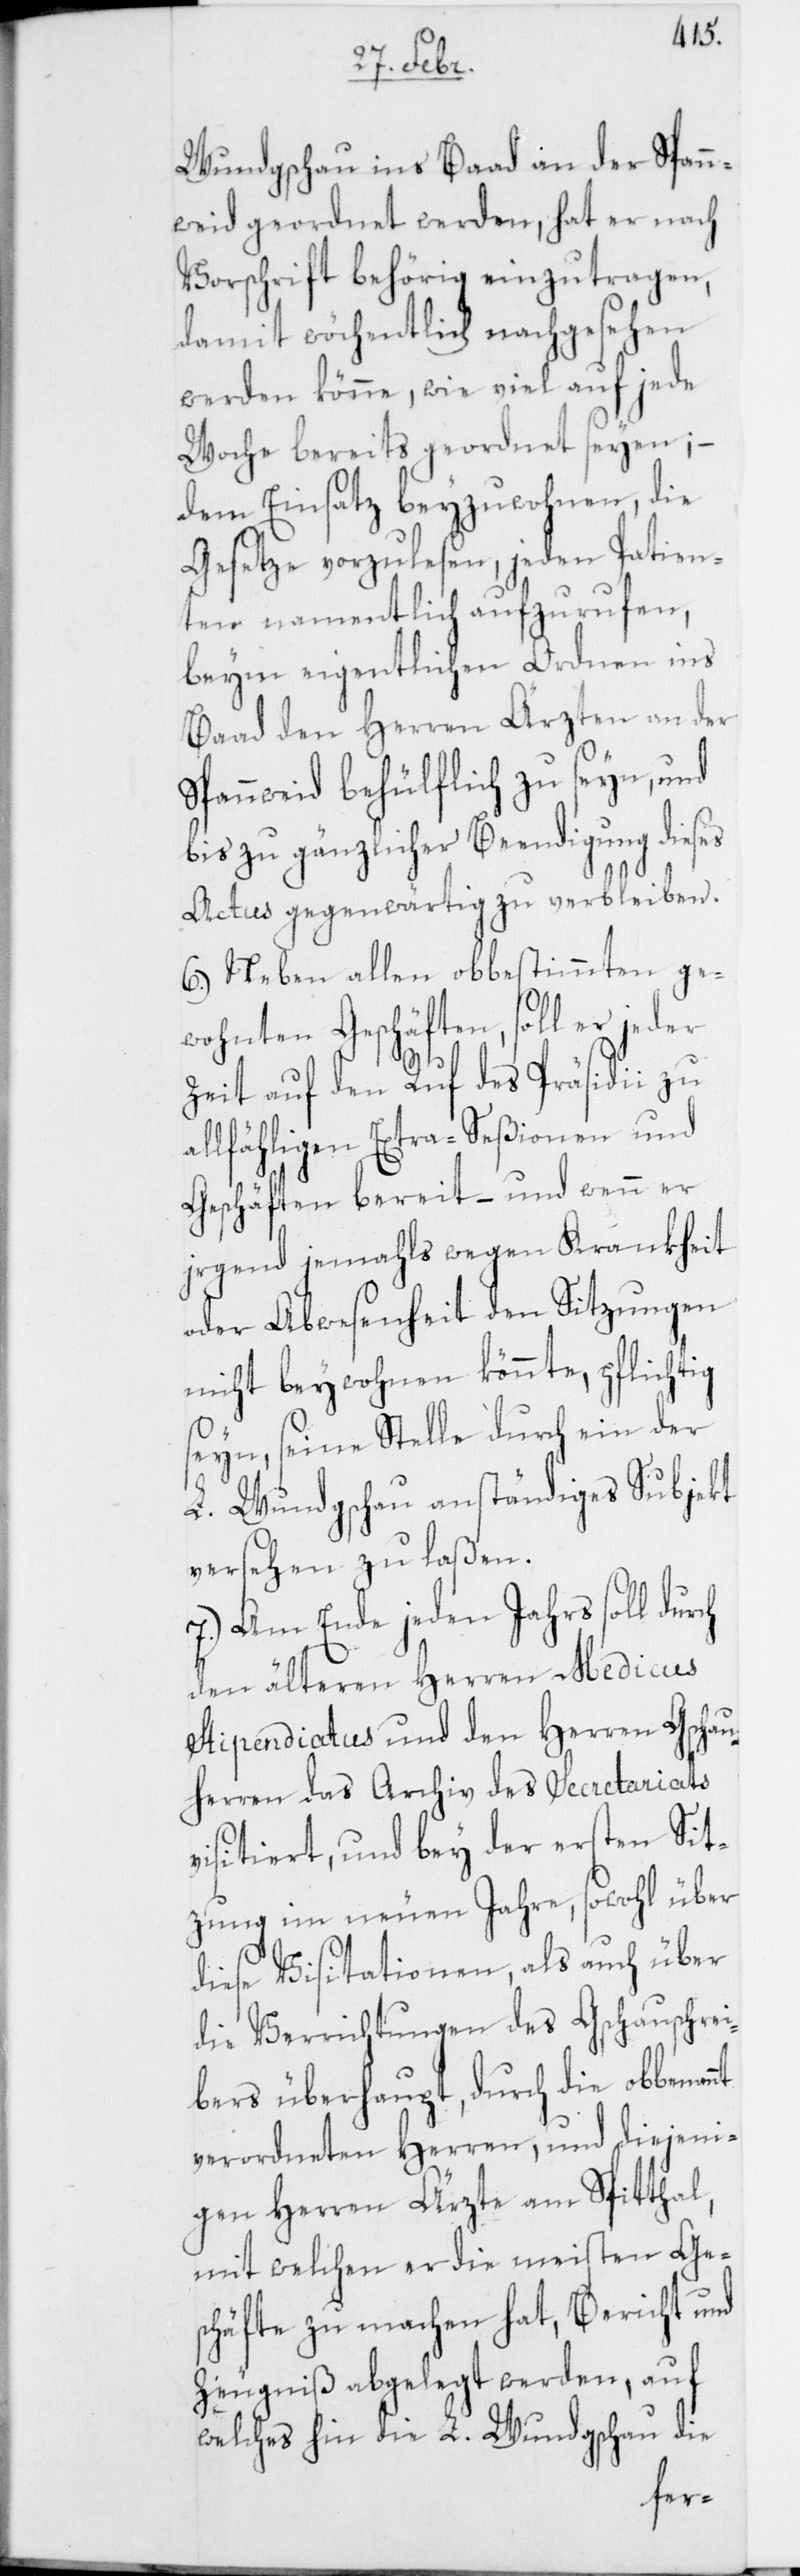
nt
Wundgschau ins Baad an der Spann¬
weid geordnet werden, hat er nach
Vorschrift behörig einzutragen,
damit wöchentlich nachgesehen
werden könne, wie viel auf jede
Woche bereits geordnet seyen;
dem Einsatz beyzuwohnen, die
Gesetze vorzulesen, jeden Patien¬
ten namentlich aufzurufen,
beym eigentlichen Ordnen ins
Baad den Herren Ärzten an der
Spannweid behülflich zu seyn, und
bis zu gänzlicher Beendigung dieses
Actus gegenwärtig zu verbleiben.
6.) Neben allen obbestimmten ge¬
wohnten Geschäften, soll er jeder
Zeit auf den Ruf des Präsidii zu
allfähligen Extra-Seßionen und
Geschäften bereit – und wenn er
irgend jemahls wegen Krankheit
oder Abwesenheit den Sitzungen
nicht beywohnen könnte, pflichtig
seyn, seine Stelle durch ein der
L. Wundgschau anständiges Subjekt
versehen zu laßen.
7.) Am Ende jeden Jahrs soll durch
den älteren Herren Medicus
Stipendiatus und den Herren Gschau¬
herren das Archiv des Secretariats
visitiert, und bey der ersten Sit¬
zung im neuen Jahre, sowohl über
diese Visitationen, als auch über
die Verrichtungen des Gschauschrei¬
bers überhaupt, durch die obbenan¬
verordneten Herren, und diejeni¬
gen Herren Ärzte am Spitthal,
mit welchen er die meisten Ges¬
chäfte zu machen hat, Bericht und
Zeugniß abgelegt werden, auf
welches hin die L. Wundgschau die